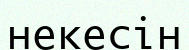
некесін